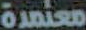
معتمدة